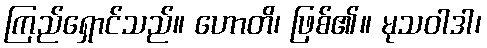
ကြည်ရှောင်သည်။ ဟောတိ၊ ဖြစ်၏။ မုသဝါဒါ၊